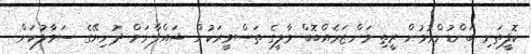
ކޮފީތަށި ބަންޑުންވުމުން ރީތި މަންޒަރެއްބޮބް މާލީގެ ތަސްވީރަކުން ޝައްފާނަށް ދުނިޔޭގެ ސަމާލުކަން